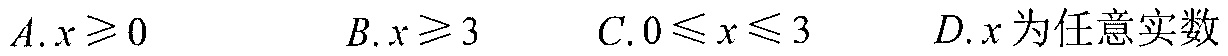
\(A. x\geqslant0\)  \(\qquad B. x\geqslant3\)  \(\qquad C. 0\leqslant x\leqslant3\)  \(\qquad D. x\text{为任意实数}\)